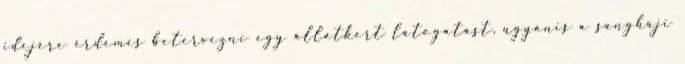
idejére érdemes betervezni egy állatkert látogatást, ugyanis a sanghaji